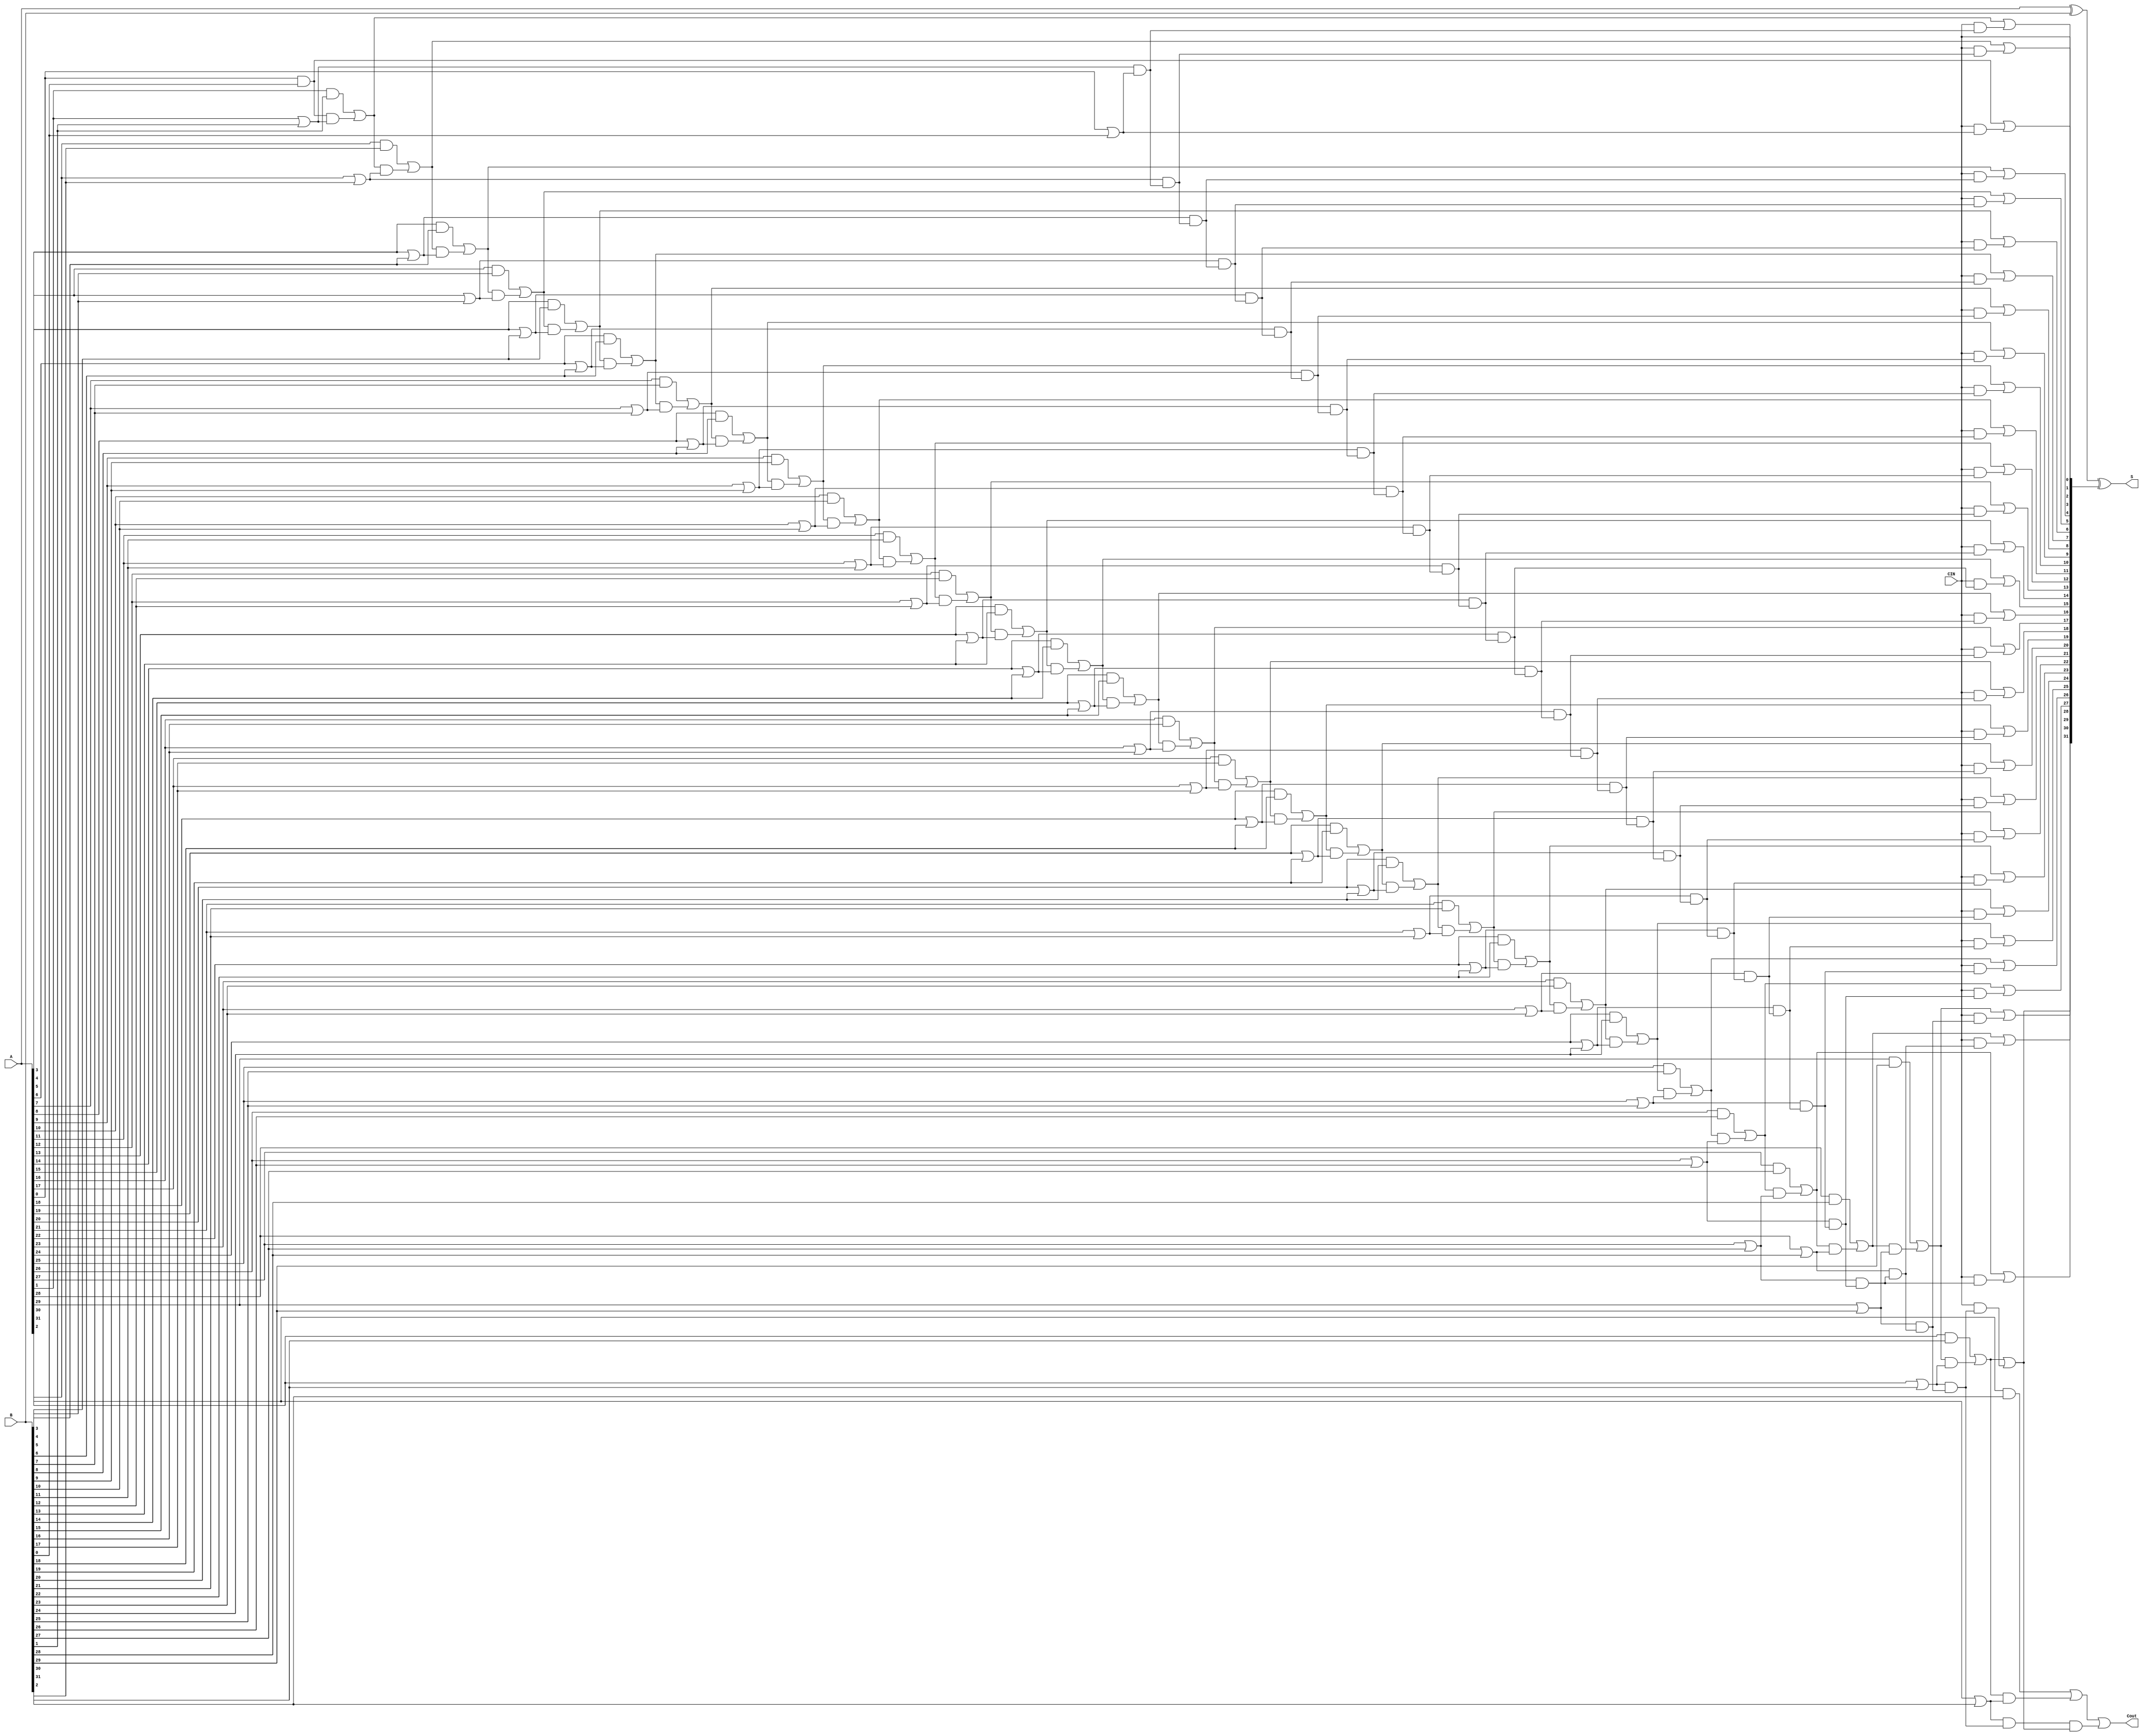
`timescale 1ns / 1ps
//////////////////////////////////////////////////////////////////////////////////
// Company: 
// Engineer: 
// 
// Design Name: 
// Module Name:    cla 
// Project Name: 
// Target Devices: 
// Tool versions: 
// Description: 
//
// Dependencies: 
//
// Revision: 
// Revision 0.01 - File Created
// Additional Comments: 
//
//////////////////////////////////////////////////////////////////////////////////
module cla(A, B, CIN, S, Cout);
	parameter N = 32;
	input [N-1:0] A, B;
	input CIN;
	output reg [N-1:0] S;
	output reg Cout;
	reg GGa, GPa;
	reg [N-1:0] G, P, C;
	integer i;
	
	always @ (*) begin
		for (i = 0; i<= N-1; i = i + 1) begin
			G[i] = A[i] & B[i];
			P[i] = A[i] | B[i];
		end
		GGa = G[0]; GPa = P[0];
		C[0] = CIN;
		for (i = 1; i <= N-1; i = i + 1) begin
			C[i] = GGa | (CIN & GPa);
			GGa = G[i] | (GGa & P[i]);
			GPa = P[i] & GPa;
		end
		S = A ^ B ^ C;
		Cout = GGa | (GPa & C[N-1]);
		end

endmodule